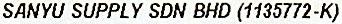
SANYU SUPPLY SDN BHD (1135772-K)